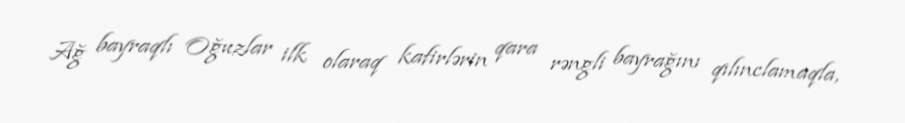
Ağ bayraqlı Oğuzlar ilk olaraq kafirlərin qara rəngli bayrağını qılınclamaqla,